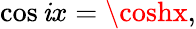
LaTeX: \cos\mathit{i}x=\coshx,